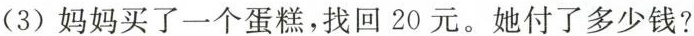
(3)妈妈买了一个蛋糕，找回20元。她付了多少钱?